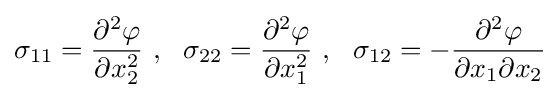
\sigma _{11}={\frac {\partial ^{2}\varphi }{\partial x_{2}^{2}}}~,~~\sigma _{22}={\frac {\partial ^{2}\varphi }{\partial x_{1}^{2}}}~,~~\sigma _{12}=-{\frac {\partial ^{2}\varphi }{\partial x_{1}\partial x_{2}}}